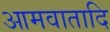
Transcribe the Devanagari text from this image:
आमवातादि